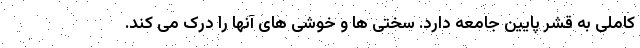
کاملی به قشر پایین جامعه دارد. سختی ها و خوشی های آنها را درک می کند.